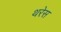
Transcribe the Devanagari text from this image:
थरेस